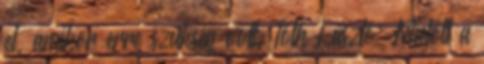
el, amikor erre szükség volt. Tóth László: Mielőtt a